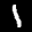
Label: 1